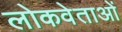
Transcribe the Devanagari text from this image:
लोकवेताओं